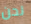
نحن